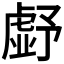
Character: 𮓪